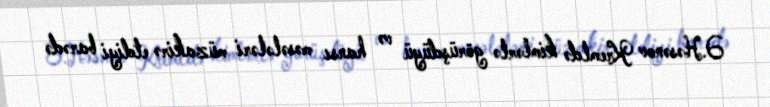
Ə.Həsənov Kremldə kimlərlə görüşdüyü və hansı məsələləri müzakirə etdiyi barədə